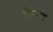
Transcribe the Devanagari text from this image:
किन्या